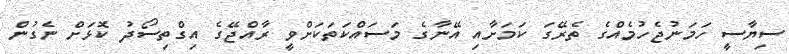
ސިޔާސީ ހަމަނުޖެހުމެއްގެ ތެރޭގަ ކަމަށާއި އޭނާގެ މަސައްކަތަކަށްވީ ރާއްޖޭގެ އިގްތިސޯދު ކޮޅަށް ނެގުން